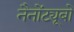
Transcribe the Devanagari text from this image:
नैनोंट्यूबों